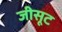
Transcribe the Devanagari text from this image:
जीसूट